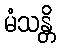
မံသန္တိ